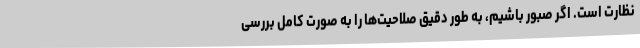
نظارت است. اگر صبور باشیم، به طور دقیق صلاحیت‌ها را به صورت کامل بررسی